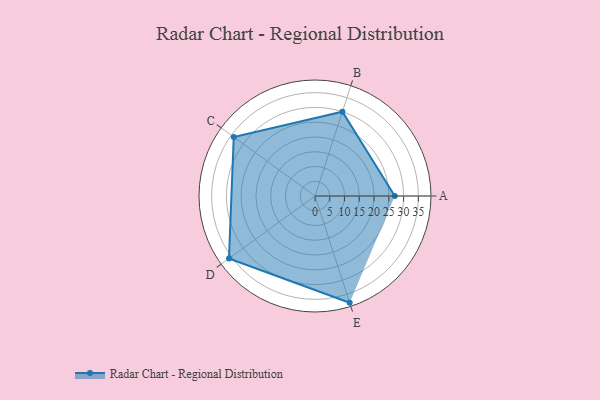
{"axis": {"x": "Skill", "y": "Score"}, "legend": ["Profile"], "data": [{"x": "A", "y": 27.0, "type": "Profile"}, {"x": "B", "y": 30.0, "type": "Profile"}, {"x": "C", "y": 34.0, "type": "Profile"}, {"x": "D", "y": 36.0, "type": "Profile"}, {"x": "E", "y": 38.0, "type": "Profile"}]}